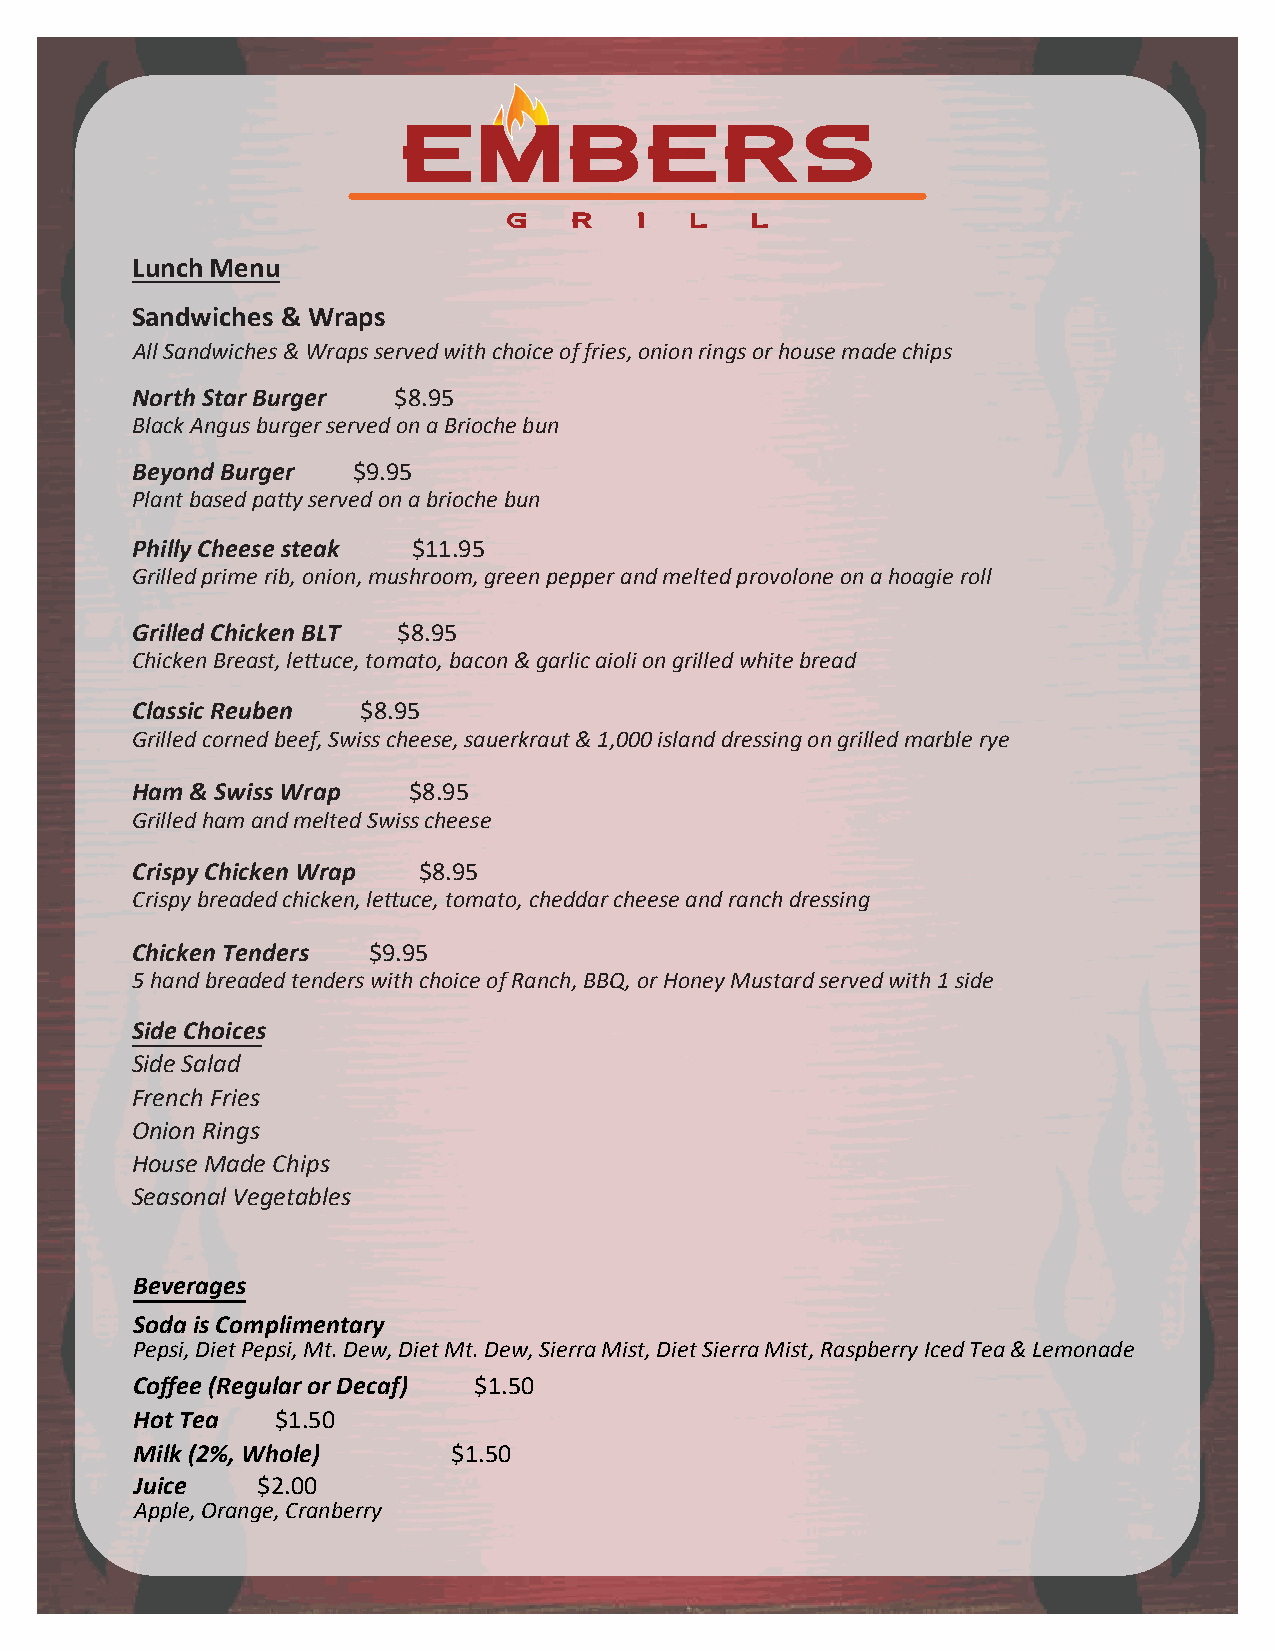
Lunch Menu
 Sandwiches & Wraps
 All Sandwiches & Wraps served with choice of fries, onion rings or house made chips
 North Star Burger $8.95
 Black Angus burger served on a Brioche bun
 Beyond Burger $9.95
 Plant based patty served on a brioche bun
 Philly Cheese steak $11.95
 Grilled prime rib, onion, mushroom, green pepper and melted provolone on a hoagie roll
 Grilled Chicken BLT $8.95
 Chicken Breast, lettuce, tomato, bacon & garlic aioli on grilled white bread
 Classic Reuben $8.95
 Grilled corned beef, Swiss cheese, sauerkraut & 1,000 island dressing on grilled marble rye
 Ham & Swiss Wrap  $8.95
 Grilled ham and melted Swiss cheese
 Crispy Chicken Wrap $8.95
 Crispy breaded chicken, lettuce, tomato, cheddar cheese and ranch dressing
 Chicken Tenders $9.95
 5 hand breaded tenders with choice of Ranch, BBQ, or Honey Mustard served with 1 side
 Side Choices
 Side Salad
 French Fries
 Onion Rings
 House Made Chips
 Seasonal Vegetables
 Beverages
 Soda is Complimentary
 Pepsi, Diet Pepsi, Mt. Dew, Diet Mt. Dew, Sierra Mist, Diet Sierra Mist, Raspberry Iced Tea & Lemonade
 Coffee (Regular or Decaf) $1.50
 Hot Tea  $1.50
 Milk (2%, Whole)     $1.50
 Juice   $2.00
 Apple, Orange, Cranberry